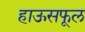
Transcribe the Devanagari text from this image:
हाऊसफूल